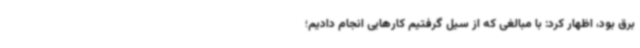
برق بود، اظهار کرد: با مبالغی که از سیل گرفتیم کارهایی انجام دادیم؛